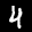
Label: 4